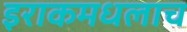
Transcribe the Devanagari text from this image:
इराकमधलाच